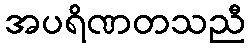
အပရိဏတသညီ